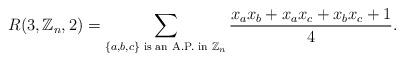
LaTeX: \begin{align*}R(3,\mathbb{Z}_n,2) = \displaystyle\sum_{\{a,b,c\} \textrm{ is an A.P. in } \mathbb{Z}_n}\frac{x_ax_b+x_ax_c+x_bx_c+1}{4}.\end{align*}